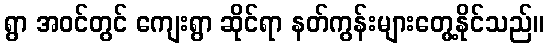
ရွာ အဝင်တွင် ကျေးရွာ ဆိုင်ရာ နတ်ကွန်းများတွေ့နိုင်သည်။